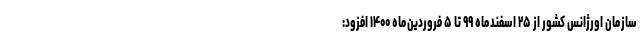
سازمان اورژانس کشور از ۲۵ اسفندماه ۹۹ تا ۵ فروردین‌ماه ۱۴۰۰ افزود: